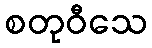
စတုဝီသေ